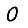
Digit: 0